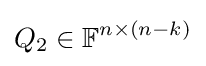
Q_{2}\in \mathbb {F} ^{n\times (n-k)}